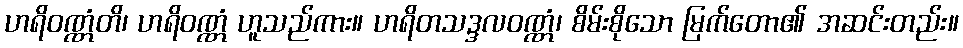
ဟရိဝဏ္ဏံတိ၊ ဟရိဝဏ္ဏံ ဟူသည်ကား။ ဟရိတသဒ္ဒလဝဏ္ဏံ၊ စိမ်းစိုသော မြက်တော၏ အဆင်းတည်း။